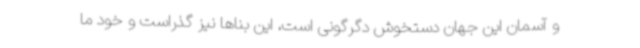
و آسمان این جهان دستخوش دگرگونی است، این بناها نیز گذراست و خود ما